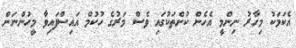
އެކަމަކު މިހާރު ނިންމީ އެހެން ކުށްތަކުގައި ވެސް މަރުގެ ހުކުމް އައިސްފައިވާ މީހުންނަށް